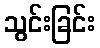
သွင်းခြင်း